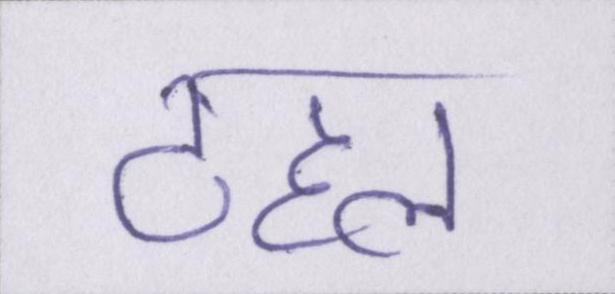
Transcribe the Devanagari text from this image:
टहल